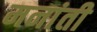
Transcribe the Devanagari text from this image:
मनांती